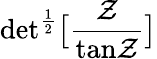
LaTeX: \mathrm{det}^{{\frac{1}{2}}}\bigl\lbrack\frac{\cal Z}{\mathrm{tan}{\cal Z}}\bigr\rbrack